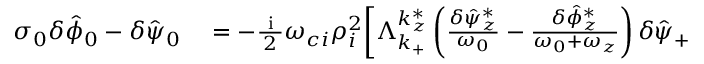
\begin{array} { r l } { \sigma _ { 0 } \delta \hat { \phi } _ { 0 } - \delta \hat { \psi } _ { 0 } } & { { } = - \frac { \mathrm { ~ i ~ } } { 2 } \omega _ { c i } \rho _ { i } ^ { 2 } \bigg [ \Lambda _ { k _ { + } } ^ { k _ { z } ^ { * } } \left( \frac { \delta \hat { \psi } _ { z } ^ { * } } { \omega _ { 0 } } - \frac { \delta \hat { \phi } _ { z } ^ { * } } { \omega _ { 0 } + \omega _ { z } } \right) \delta \hat { \psi } _ { + } } \end{array}